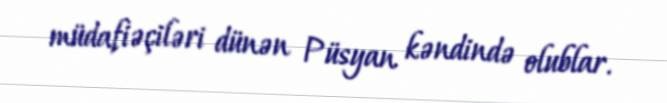
müdafiəçiləri dünən Püsyan kəndində olublar.